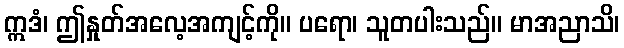
ဣဒံ၊ ဤနှုတ်အလေ့အကျင့်ကို။ ပရော၊ သူတပါးသည်။ မာအညာသိ၊